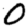
Digit: 0